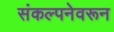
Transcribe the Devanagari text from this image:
संकल्पनेवरून